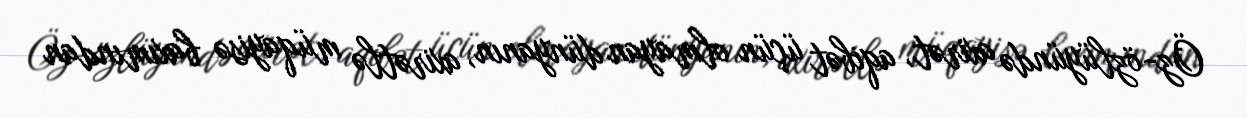
Öz-özlüyündə axirət, aqibət üçün olmayan dünyanın, axirətlə müqayisə baxımından